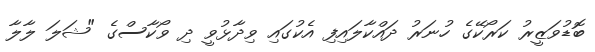
ބޮޑުވަޒީރު ކަރޯކޭގެ ހުނަރު ދައްކާލައިފި އެކުގައި ވިދާޅުވީ ދި ވޯކާސްގެ "ޝަލަ ލާލާ